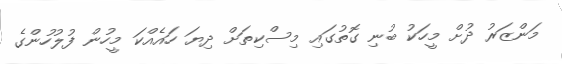
މަންޒަރު ދުށް މީހަކު ބުނި ގޮތުގައި މިސްކިތަށް ދިޔަ ހައެއްކަ މީހުން ފުލުހުންގެ